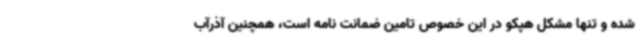
شده و تنها مشکل هپکو در این خصوص تامین ضمانت نامه است، همچنین آذرآب